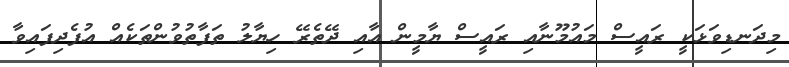
މިދަނޑިވަޅަކީ ރައީސް މައުމޫނާއި ރައީސް ޔާމީން އާއި ދޭތެރޭ ހިޔާލު ތަފާތުވުންތަކެއް އުފެދިފައިވާ